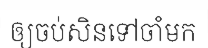
ឲ្យចប់សិនទៅចាំមក